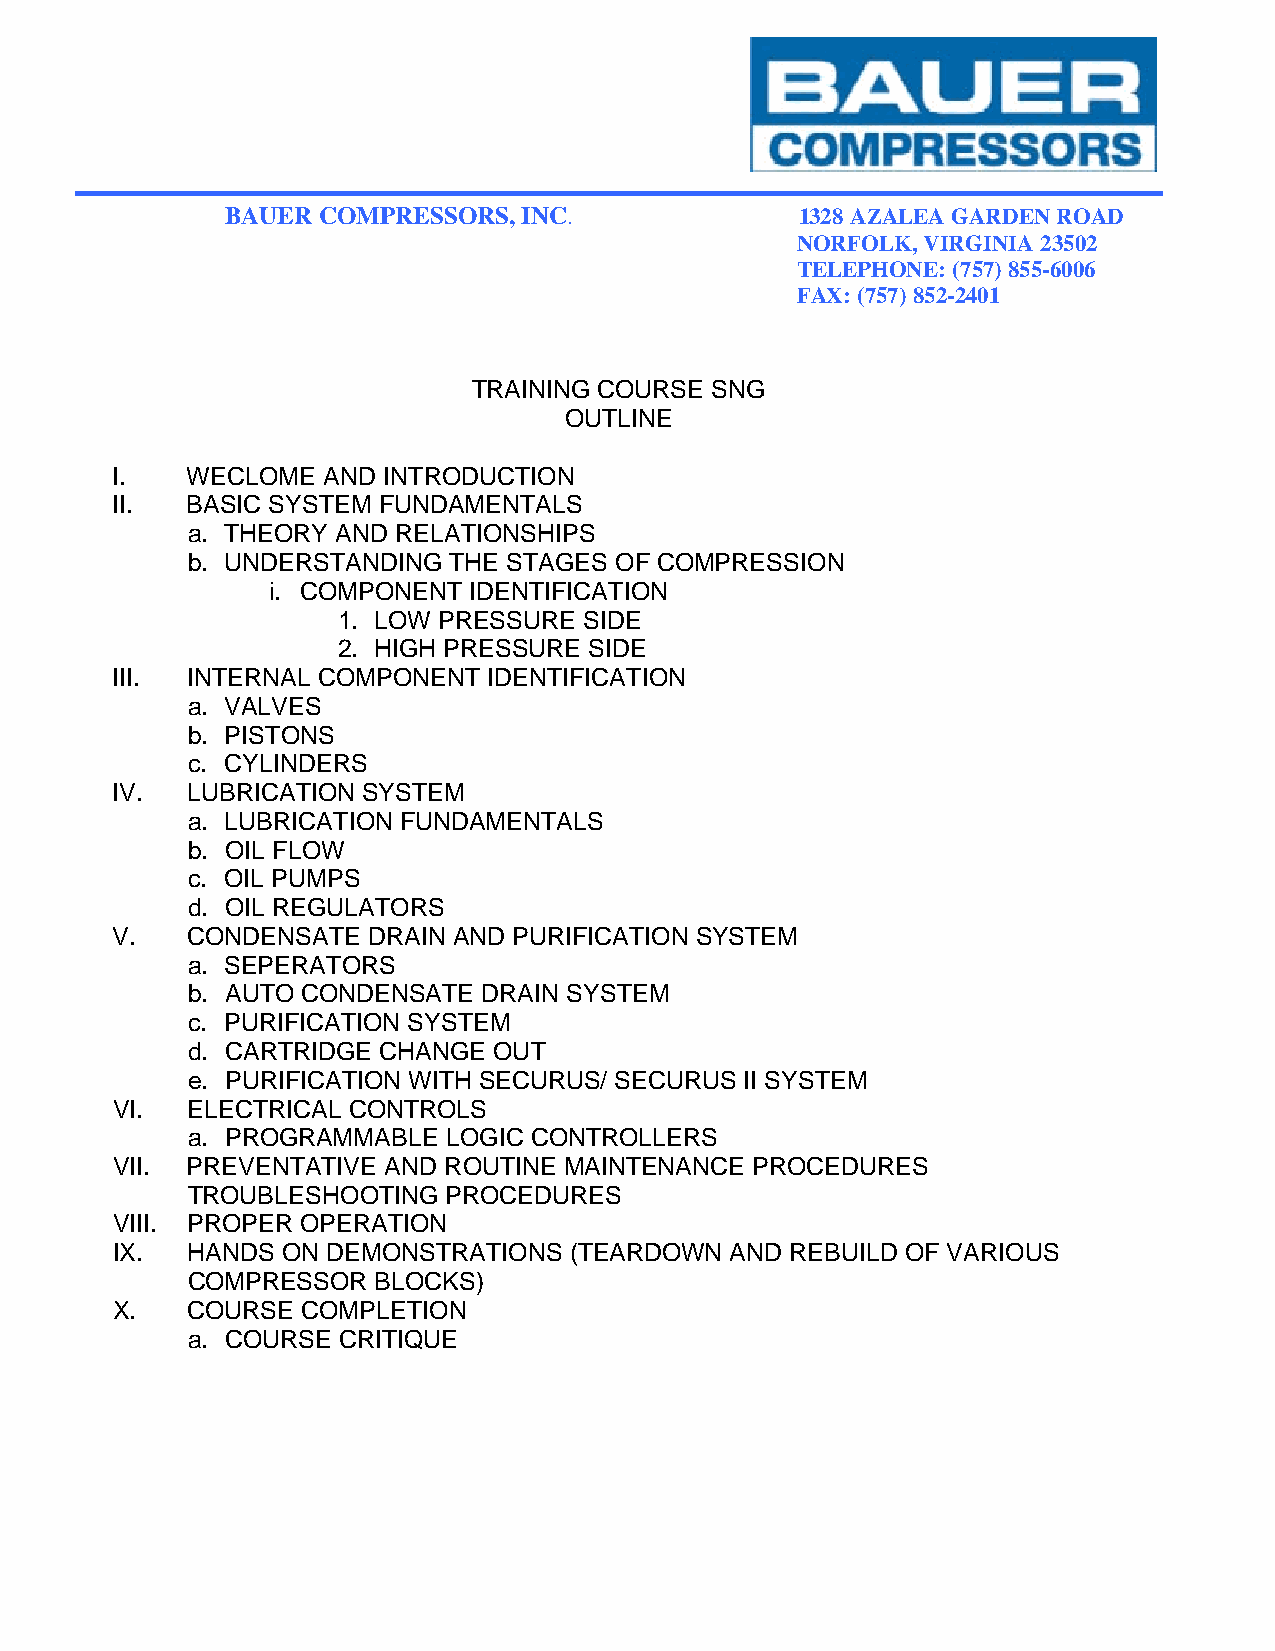
BAUER COMPRESSORS,  INC.              1328 AZALEA GARDEN ROAD
 NORFOLK, VIRGINIA 23502
 TELEPHONE: (757) 855-6006
 FAX: (757) 852-2401
 TRAINING COURSE SNG
 OUTLINE
 I.   WECLOME  AND INTRODUCTION
 II.  BASIC SYSTEM FUNDAMENTALS
 a. THEORY AND RELATIONSHIPS
 b. UNDERSTANDING  THE STAGES OF COMPRESSION
 i. COMPONENT IDENTIFICATION
 1. LOW PRESSURE  SIDE
 2. HIGH PRESSURE SIDE
 III. INTERNAL COMPONENT  IDENTIFICATION
 a. VALVES
 b. PISTONS
 c. CYLINDERS
 IV.  LUBRICATION SYSTEM
 a. LUBRICATION FUNDAMENTALS
 b. OIL FLOW
 c. OIL PUMPS
 d. OIL REGULATORS
 V.   CONDENSATE  DRAIN AND PURIFICATION SYSTEM
 a. SEPERATORS
 b. AUTO CONDENSATE  DRAIN SYSTEM
 c. PURIFICATION SYSTEM
 d. CARTRIDGE CHANGE  OUT
 e. PURIFICATION WITH SECURUS/ SECURUS II SYSTEM
 VI.  ELECTRICAL CONTROLS
 a. PROGRAMMABLE   LOGIC CONTROLLERS
 VII. PREVENTATIVE AND ROUTINE MAINTENANCE  PROCEDURES
 TROUBLESHOOTING   PROCEDURES
 VIII. PROPER OPERATION
 IX.  HANDS  ON DEMONSTRATIONS  (TEARDOWN AND REBUILD OF VARIOUS
 COMPRESSOR   BLOCKS)
 X.   COURSE  COMPLETION
 a. COURSE CRITIQUE